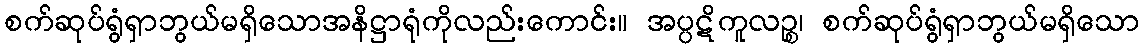
စက်ဆုပ်ရွံရှာဘွယ်မရှိသောအနိဋ္ဌာရုံကိုလည်းကောင်း။ အပ္ပဋိကူလဉ္စ၊ စက်ဆုပ်ရွံရှာဘွယ်မရှိသော